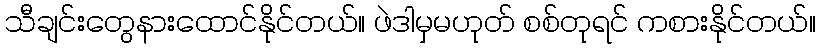
သီချင်းတွေနားထောင်နိုင်တယ်။ ဖဲဒါမှမဟုတ် စစ်တုရင် ကစားနိုင်တယ်။